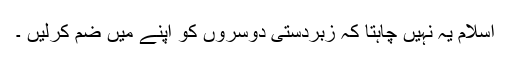
اسلام یہ نہیں چاہتا کہ زبردستی دوسروں کو اپنے میں ضم کرلیں ۔